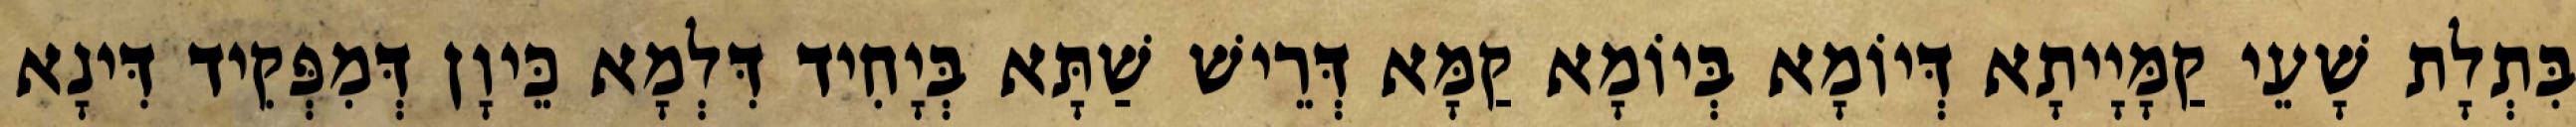
בִּתְלָת שָׁעֵי קַמָּיָיתָא דְּיוֹמָא בְּיוֹמָא קַמָּא דְּרֵישׁ שַׁתָּא בְּיָחִיד דִּלְמָא כֵּיוָן דְּמִפְּקִיד דִּינָא